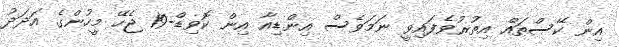
އިން ކޭސްތައް އިތުރުވެފައިވީ ނަމަވެސް އިންޑިއާ އިން ކޮވިޑް-19 ޖެހޭ މީހުންގެ އަދަދު